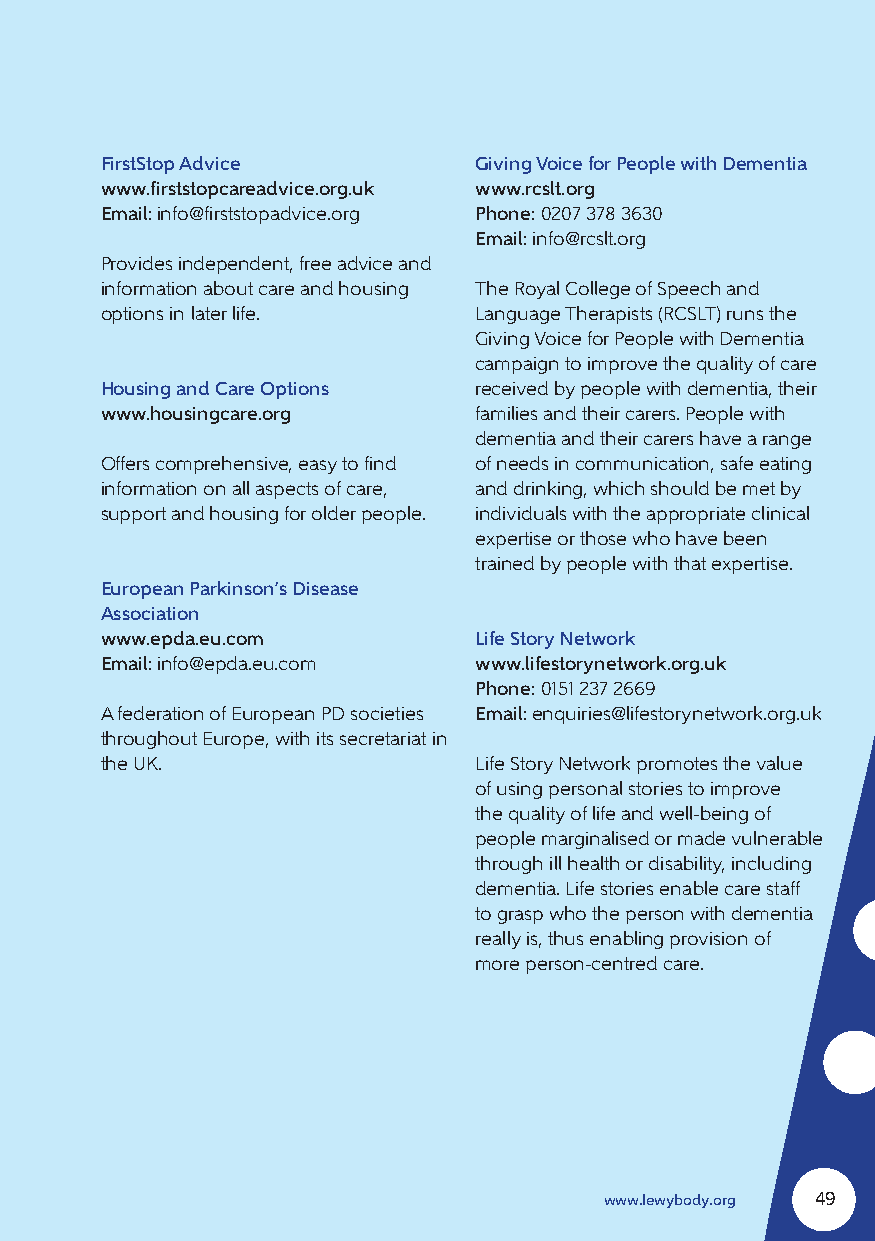
FirstStop Advice        Giving Voice for People with Dementia
 www.firststopcareadvice.org.uk www.rcslt.org
 Email: info@firststopadvice.org Phone: 0207 378 3630
 Email: info@rcslt.org
 Provides independent, free advice and
 information about care and housing The Royal College of Speech and
 options in later life.  Language Therapists (RCSLT) runs the
 Giving Voice for People with Dementia
 campaign to improve the quality of care
 Housing and Care Options received by people with dementia, their
 www.housingcare.org     families and their carers. People with
 dementia and their carers have a range
 Offers comprehensive, easy to find of needs in communication, safe eating
 information on all aspects of care, and drinking, which should be met by
 support and housing for older people. individuals with the appropriate clinical
 expertise or those who have been
 trained by people with that expertise.
 European Parkinson’s Disease
 Association
 www.epda.eu.com         Life Story Network
 Email: info@epda.eu.com www.lifestorynetwork.org.uk
 Phone: 0151 237 2669
 A federation of European PD societies Email: enquiries@lifestorynetwork.org.uk
 throughout Europe, with its secretariat in
 the UK.                 Life Story Network promotes the value
 of using personal stories to improve
 the quality of life and well-being of
 people marginalised or made vulnerable
 through ill health or disability, including
 dementia. Life stories enable care staff
 to grasp who the person with dementia
 really is, thus enabling provision of
 more person-centred care.
 www.lewybody.org 49